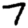
Digit: 7